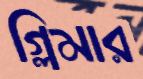
গ্লিমার